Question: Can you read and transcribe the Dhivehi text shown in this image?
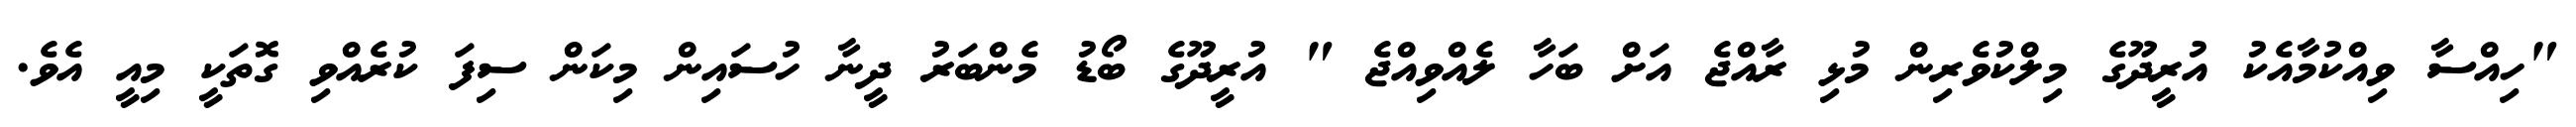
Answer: "ހިއްސާ ވިއްކުމާއެކު އުރީދޫގެ މިލްކުވެރިން މުޅި ރާއްޖެ އަށް ބަހާ ލެއްވިއްޖެ " އުރީދޫގެ ބޯޑު މެންބަރު ދީނާ ހުސައިން މިކަން ސިފަ ކުރެއްވި ގޮތަކީ މިއީ އެވެ.